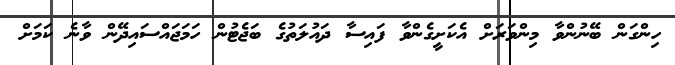
ހިންގަން ބޭނުންވާ މިންވަރަށް އެކަށީގެންވާ ފައިސާ ދައުލަތުގެ ބަޖެޓުން ހަމަޖައްސައިދޭން ވާނެ ކަމަށް